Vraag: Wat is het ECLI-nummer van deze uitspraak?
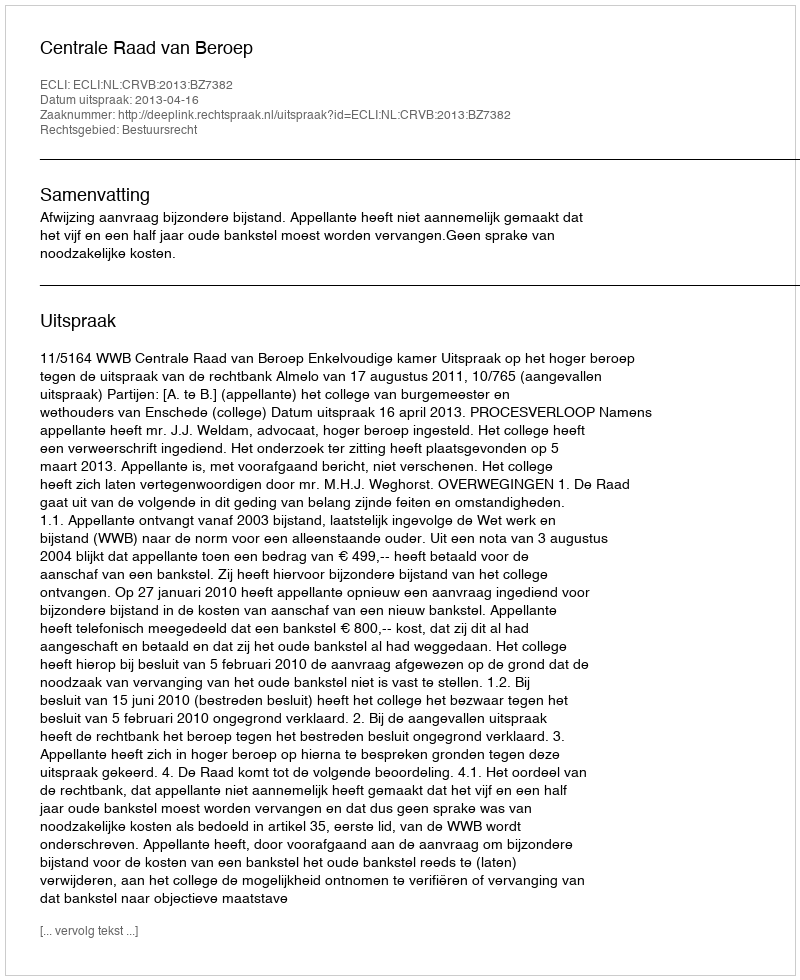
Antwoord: ECLI:NL:CRVB:2013:BZ7382